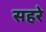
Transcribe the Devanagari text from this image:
सहरे